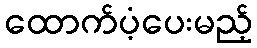
ထောက်ပံ့ပေးမည့်